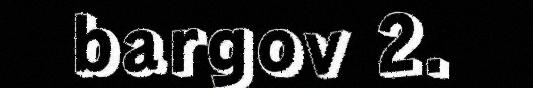
bargov 2.